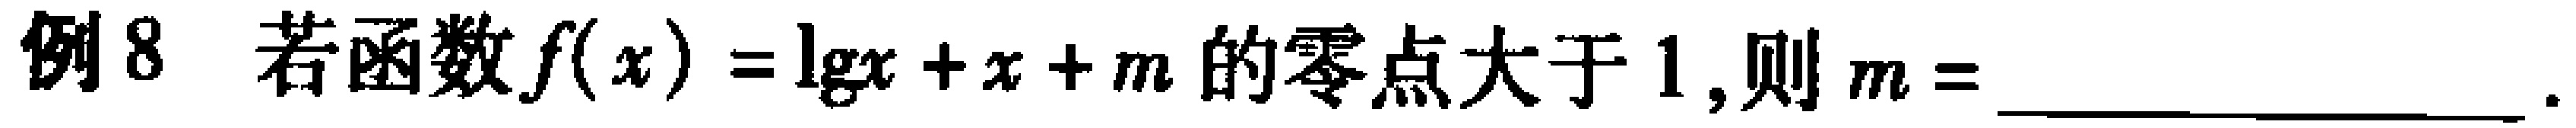
例8 若函数\(f(x)=\lg x + x + m\)的零点大于\(1\)，则\(m = \)____________________。